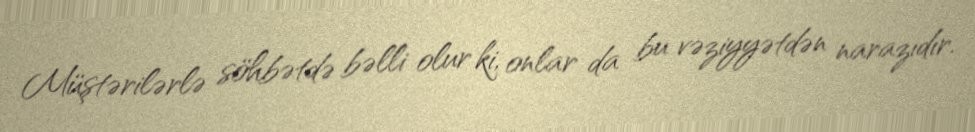
Müştərilərlə söhbətdə bəlli olur ki, onlar da bu vəziyyətdən narazıdır.